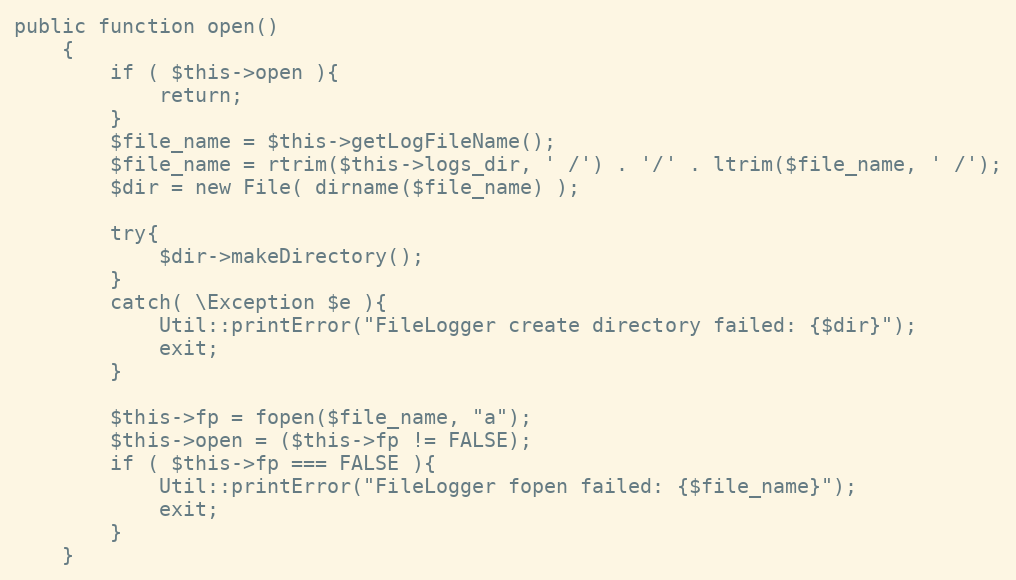
Language: PHP
public function open()
    {
        if ( $this->open ){
            return;
        }
        $file_name = $this->getLogFileName();
        $file_name = rtrim($this->logs_dir, ' /') . '/' . ltrim($file_name, ' /');
        $dir = new File( dirname($file_name) );

        try{
            $dir->makeDirectory();
        }
        catch( \Exception $e ){
            Util::printError("FileLogger create directory failed: {$dir}");
            exit;
        }

        $this->fp = fopen($file_name, "a");
        $this->open = ($this->fp != FALSE);
        if ( $this->fp === FALSE ){
            Util::printError("FileLogger fopen failed: {$file_name}");
            exit;
        }
    }